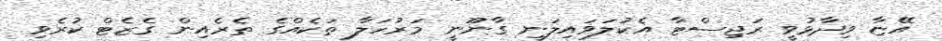
އޭޏާ ވިދާޅުވީ ރަޖިސްޓާ އެކުލަވައިލަނީ ގާނޫނީ މަރުހަލާ ތަކެއްގެ ތެރެއިން ގެޒެޓް ކުރެވި